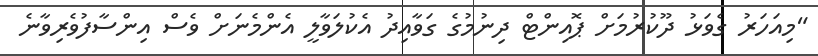
"މިއަހަރު ގެވަޅު ދޫކުރުމަށް ޕޮއިންޓް ދިނުމުގެ ގަވާއިދު އެކުލަވާލީ އެންމެނަށް ވެސް އިންސާފުވެރިވާނެ